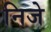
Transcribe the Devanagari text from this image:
निजे